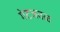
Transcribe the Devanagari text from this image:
गेटजवळ